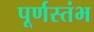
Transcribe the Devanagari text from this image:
पूर्णस्तंभ